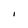
Character: l